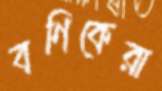
বণিকেরা